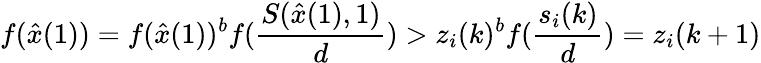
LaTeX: f(\hat{x}(1))=f(\hat{x}(1))^{b}f(\frac{S(\hat{x}(1),1)}{d})>z_{i}(k)^{b}f(\frac{s_{i}(k)}{d})=z_{i}(k+1)